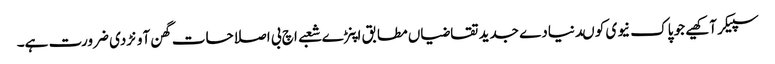
سپیکر آکھیے جو پاک نیوی کو ںدنیادے جدید تقاضیاں مطابق اپنڑے شعبے اچ بی اصلاحات گھن آونڑدی ضرورت ہے۔